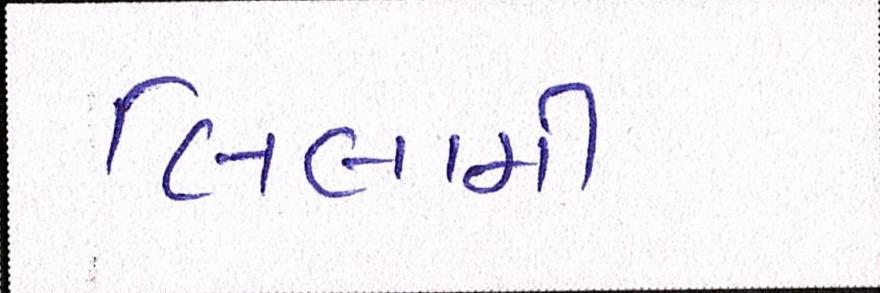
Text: લિલામી